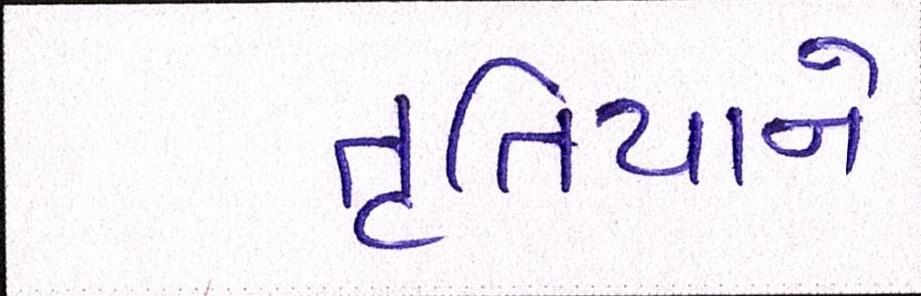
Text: તૃતિયાને